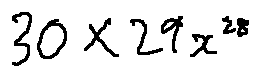
3 0 \times 2 9 x ^ { 2 8 }